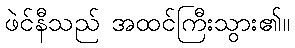
ဖဲင်နီသည် အထင်ကြီးသွား၏။